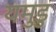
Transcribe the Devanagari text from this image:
यमुडु